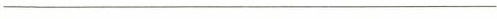
____________________